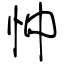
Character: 忡